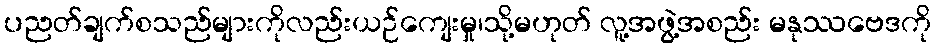
ပညတ်ချက်စသည်များကိုလည်းယဉ်ကျေးမှု၊သို့မဟုတ် လူ့အဖွဲ့အစည်း မနုဿဗေဒကို